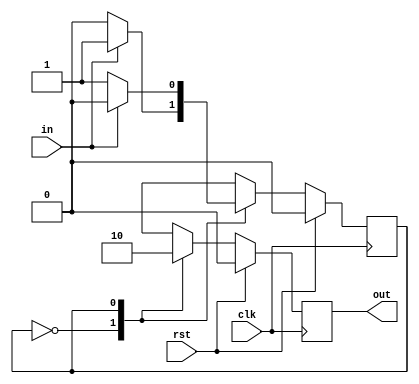
module odd_parity_gen(clk,rst,in,out);
    output reg out;
    input clk,rst,in;
    parameter S0=0,
              S1=1;
    reg cur_state, next_state;

    always @(posedge clk) begin
        if(rst==1) begin
            cur_state <= S0;
        end
        else begin
            cur_state <= next_state;
        end
    end
    
    always @(cur_state or in) begin
        case(cur_state)
            S0: begin
                if(in) begin
                    next_state=S1;
                end else begin
                    next_state=S0;
                end
            end
            S1: begin
                if(in) begin
                    next_state=S0;
                end else begin
                    next_state=S1;
                end
            end
            default: next_state=S0;
        endcase
    end

    always @(posedge clk ) begin
        if(rst==1) begin
            out <= 0;
        end
        else begin
            case(cur_state)
                S0: out<=1;
                S1: out<=0;
                default: out<=0;
            endcase
        end
    end
endmodule